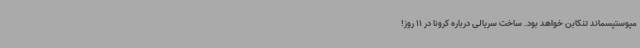
مپوستپسماند تنکابن خواهد بود. ساخت سریالی درباره کرونا در 11 روز!